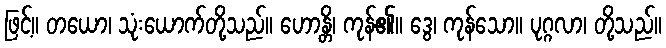
ဖြင့်။ တယော၊ သုံးယောက်တို့သည်။ ဟောန္တိ၊ ကုန်၏။ ဒွေ၊ ကုန်သော။ ပုဂ္ဂလာ၊ တို့သည်။